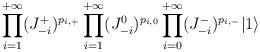
LaTeX: \begin{align*} \prod_{i=1}^{+\infty} (J^+_{-i})^{p_{i,+}}\prod_{i=1}^{+\infty} (J^0_{-i})^{p_{i,0}} \prod_{i=0}^{+\infty}(J^-_{-i})^{p_{i,-}} |1 \rangle\end{align*}